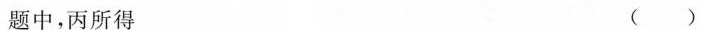
题中，丙所得 ( )